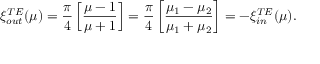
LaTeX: \xi _ { \small o u t } ^ { \small T E } ( \mu ) = { \frac { \pi } { 4 } } \left[ { \frac { \mu - 1 } { \mu + 1 } } \right] = { \frac { \pi } { 4 } } \left[ { \frac { \mu _ { 1 } - \mu _ { 2 } } { \mu _ { 1 } + \mu _ { 2 } } } \right] = - \xi _ { \small i n } ^ { \small T E } ( \mu ) .